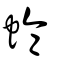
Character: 蜦